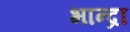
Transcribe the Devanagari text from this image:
भान्द्रा